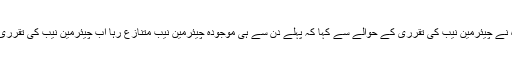
تفصیلات کے مطابق سید خورشید شاہ نے چیئرمین نیب کی تقرری کے حوالے سے کہا کہ پہلے دن سے ہی موجودہ چیئرمین نیب متنازع رہا اب چیئرمین نیب کی تقرری پر وزیراعظم سے ملاقات ہوئی ہے۔